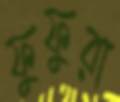
ফুফুরা